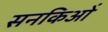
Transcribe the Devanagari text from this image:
सनकिओं